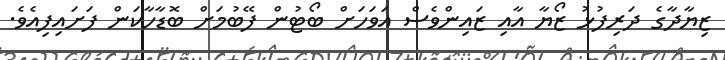
ޒިޔާދާގެ ދަރިފުޅު ޒޯޔާ އާއި ޒައިންވެސް އަވަހަށް ބޯޓުން ފޭބުމަށް ބޮޑާހާކަން ފަށައިފިއެވެ.